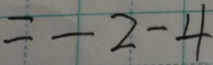
= - 2 - 4